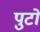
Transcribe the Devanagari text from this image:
पुटो